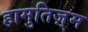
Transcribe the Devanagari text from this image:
हामुतिज़्म